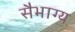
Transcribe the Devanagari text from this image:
सैभाग्य